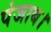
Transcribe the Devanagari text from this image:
पंजाब।